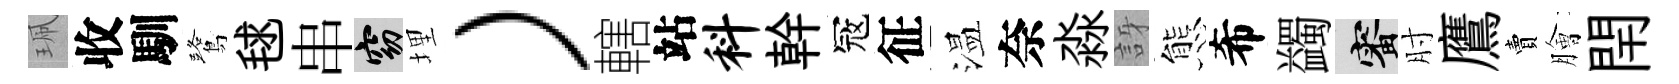
珮收馴鷺毬串窈埋）轄站料幹冦征温奈淼訝態希蠲審肘鷹賣膾閈